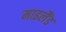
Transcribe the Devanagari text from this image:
माइलैंड